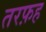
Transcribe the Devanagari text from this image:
तरफ़ह